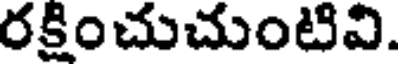
రక్షించుచుంటివి.